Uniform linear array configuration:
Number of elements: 48
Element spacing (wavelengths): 0.25
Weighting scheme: blackman
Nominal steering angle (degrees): -15
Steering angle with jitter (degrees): -14.164
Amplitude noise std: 0.05
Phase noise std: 0.05

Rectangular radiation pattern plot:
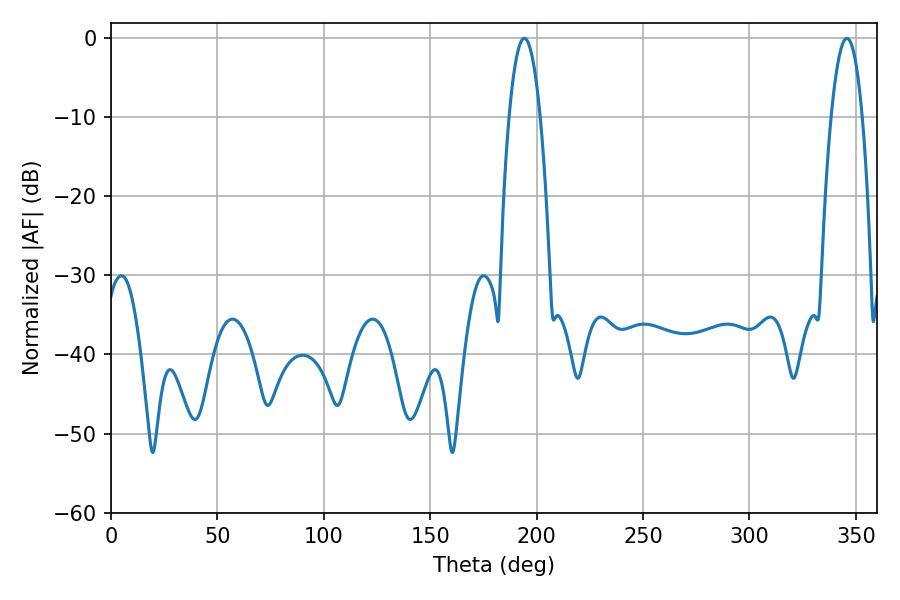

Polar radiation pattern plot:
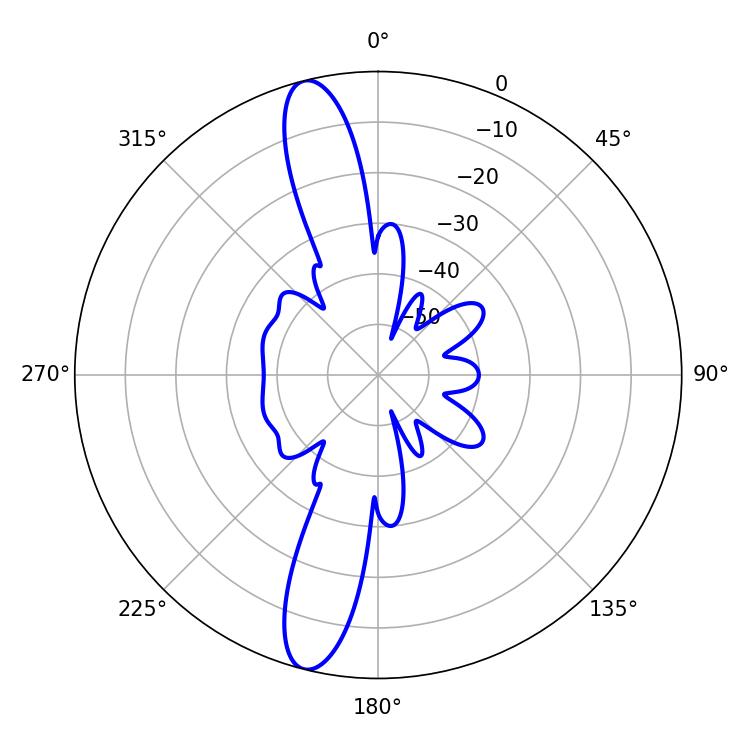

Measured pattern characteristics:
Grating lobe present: FALSE
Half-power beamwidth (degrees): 8.1
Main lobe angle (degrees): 194.22